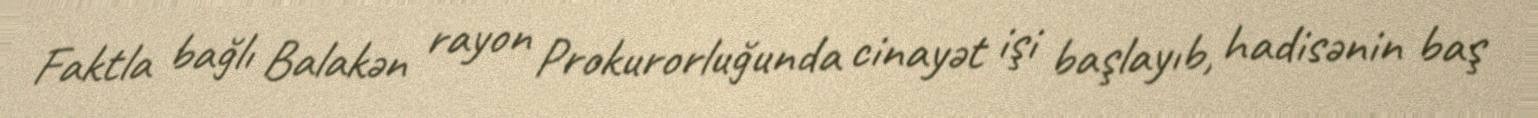
Faktla bağlı Balakən rayon Prokurorluğunda cinayət işi başlayıb, hadisənin baş